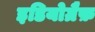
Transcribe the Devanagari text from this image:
इडियोग्रैफ़